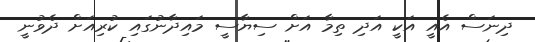
ދިނަސް އެއީ އަކީ އަދި ތިމާ އަށް ސިޔާސީ މައިދާނުގައި ކުރިއަށް ދެވުނީ